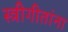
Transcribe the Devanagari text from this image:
स्त्रीगीतांना